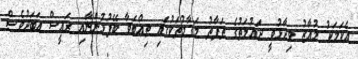
އެކަމަކު މުއާޒު ވިދާޅުވީ ދައުލަތުގެ ތަފާތު މަގާމުތަކުގައި ތިއްބަވާ ބޭފުޅުންނާއި ރައީސް އަބަދުވެސް